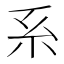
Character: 系